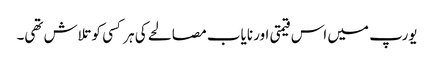
یورپ میں اس قیمتی اور نایاب مصالحے کی ہر کسی کو تلاش تھی۔